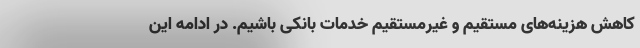
کاهش هزینه‌های مستقیم و غیرمستقیم خدمات بانکی باشیم. در ادامه این